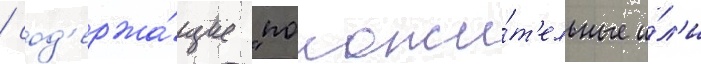
/ сод'ержа́щие "положи́т'ельные и́л'и